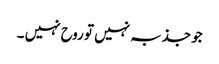
جو جذبہ نہیں تو روح نہیں ۔